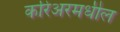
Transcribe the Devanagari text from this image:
करिअरमधील